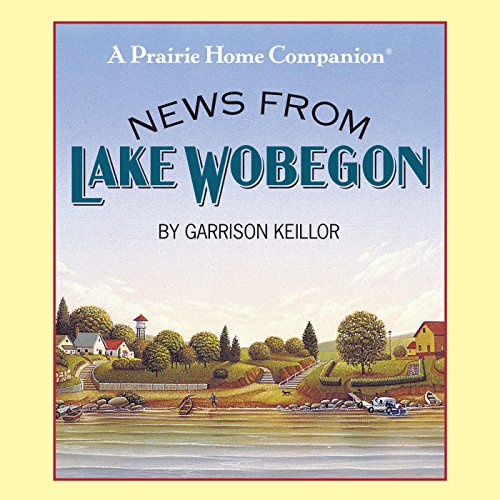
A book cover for News from Lake Wobegon; Garrison Keillor; Humor & Entertainment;